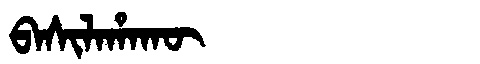
Manchu: ᠪᠠᠰᡳᠯᠠᡥᠠᡴᡡ
Romanization: BASILAHAKŪ